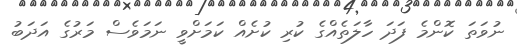
ނުވަތަ ކޮންމެ ފަދަ ހާލަތެއްގެ ކުރި ކުށެއް ކަމަށްވީ ނަމަވެސް މަރުގެ އަދަބު